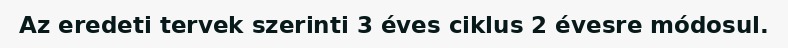
Az eredeti tervek szerinti 3 éves ciklus 2 évesre módosul.